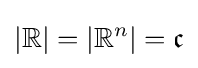
|\mathbb {R} |=|\mathbb {R} ^{n}|={\mathfrak {c}}